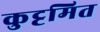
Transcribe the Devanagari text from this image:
कुट्टमित